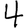
Digit: 4